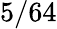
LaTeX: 5/64